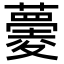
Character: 𧀧